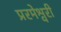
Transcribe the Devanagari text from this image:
प्ररमेश्वरी